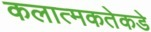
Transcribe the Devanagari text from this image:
कलात्मकतेकडे